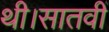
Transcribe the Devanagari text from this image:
थी।सातवीं